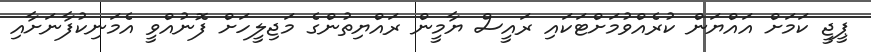
ޕީޖީ ކަމަށް އައްޔަން ކުރެއްވުމަށްޓަކައި ރައީސް ޔާމީން ރައްޔިތުންގެ މަޖިލީހަށް ފޮނުއްވީ އެމަނިކުފާނަށާއި